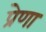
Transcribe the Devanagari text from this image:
प्रेणा